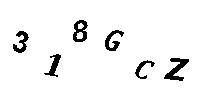
318GCZ